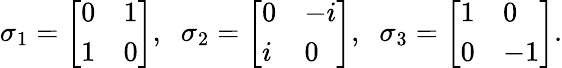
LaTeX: \sigma_{1}={\left[\begin{array}{ll}{0}&{1}\\ {1}&{0}\end{array}\right]},\; \; \sigma_{2}={\left[\begin{array}{ll}{0}&{-i}\\ {i}&{0}\end{array}\right]},\; \; \sigma_{3}={\left[\begin{array}{ll}{1}&{0}\\ {0}&{-1}\end{array}\right]}.